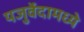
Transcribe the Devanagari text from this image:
यजुर्वेदामध्ये